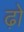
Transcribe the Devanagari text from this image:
ढ़ो